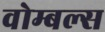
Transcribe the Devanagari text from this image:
वोम्बल्स